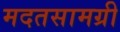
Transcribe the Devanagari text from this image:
मदतसामग्री